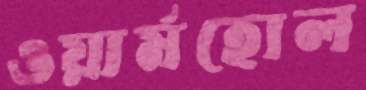
ওয়ার্মহোল